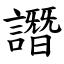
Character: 譖